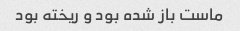
ماست باز شده بود و ریخته بود